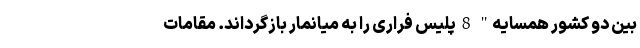
بین دو کشور همسایه" 8 پلیس فراری را به میانمار بازگرداند. مقامات